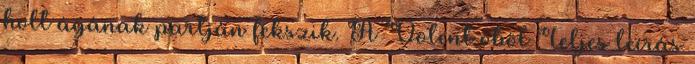
holt ágának partján fekszik. A Volent öböl Teljes leírás